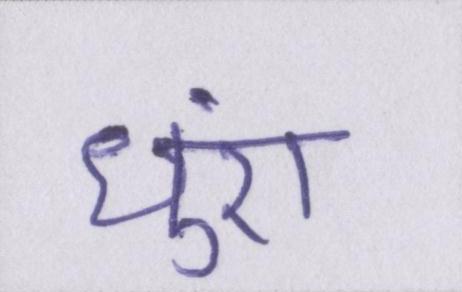
धुएं